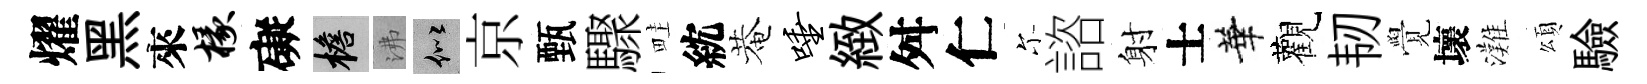
燿黑來椽礙檐沸似京甄驟畦紞菴唾緻舛仁尓諮射士華觀韧覺壞灘頌驗